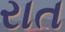
રાત